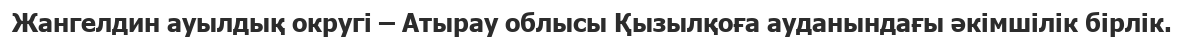
Жангелдин ауылдық округі – Атырау облысы Қызылқоға ауданындағы әкімшілік бірлік.